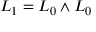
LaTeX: { \cal L } _ { 1 } = { \cal L } _ { 0 } \wedge { \cal L } _ { 0 }